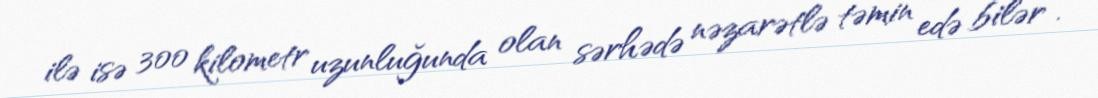
ilə isə 300 kilometr uzunluğunda olan sərhədə nəzarətlə təmin edə bilər”.